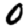
Digit: 0